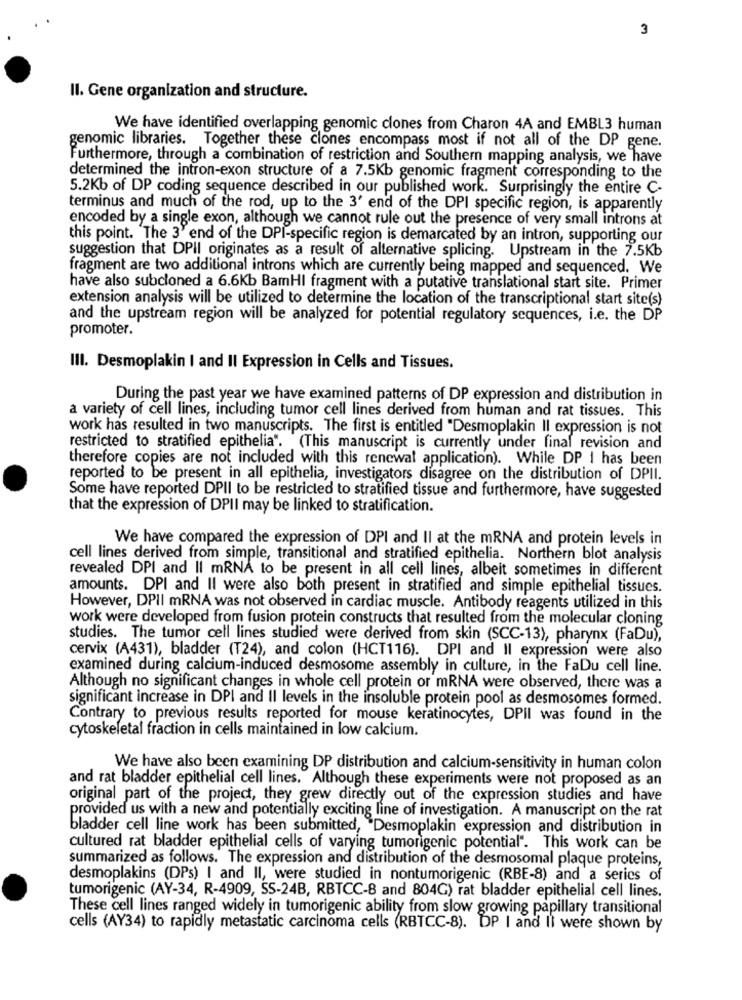
3
Il. Gene organization and structure.
We have identified overlapping genomic clones from Charon 4A and EMBL3 human
genomic libraries. Together these clones encompass most if not all of the DP gene.
Furthermore, through a combination of restriction and Southern mapping analysis, we have
determined the intron-exon structure of a 7.5Kb genomic fragment corresponding to the
5.2Kb of DP coding sequence described in our published work. Surprisingly the entire C-
terminus and much of the rod, up to the 3' end of the DPI specific region, is apparently
encoded by a single exon, although we cannot rule out the presence of very small introns at
this point. 'The 3' end of the DPI-specific region is demarcated by an intron, supporting our
suggestion that DPII originates as a result of alternative splicing. Upstream in the 7.5Kb
fragment are two additional introns which are currently being mapped and sequenced. We
have also subcloned a 6.6Kb BamHI fragment with a putative translational start site. Primer
extension analysis will be utilized to determine the location of the transcriptional start site(s)
and the upstream region will be analyzed for potential regulatory sequences, i.e. the DP
promoter.
III. Desmoplakin I and II Expression in Cells and Tissues.
During the past year we have examined patterns of DP expression and distribution in
a variety of cell lines, including tumor cell lines derived from human and rat tissues. This
work has resulted in two manuscripts. The first is entitled "Desmoplakin Il expression is not
restricted to stratified epithelia". (This manuscript is currently under final revision and
therefore copies are not included with this renewal application). While DP I has been
reported to be present in all epithelia, investigators disagree on the distribution of DPII.
Some have reported DPII to be restricted to stratified tissue and furthermore, have suggested
that the expression of DPII may be linked to stratification.
We have compared the expression of DPI and II at the mRNA and protein levels in
cell lines derived from simple, transitional and stratified epithelia. Northern blot analysis
revealed DPI and Il mRNA to be present in all cell lines, albeit sometimes in different
amounts. DPI and II were also both present in stratified and simple epithelial tissues.
However, DPII mRNA was not observed in cardiac muscle. Antibody reagents utilized in this
work were developed from fusion protein constructs that resulted from the molecular cloning
studies. The tumor cell lines studied were derived from skin (SCC-13), pharynx (FaDu),
cervix (A431), bladder (T24), and colon (HCT116). DPI and Il expression were also
examined during calcium-induced desmosome assembly in culture, in the FaDu cell line.
Although no significant changes in whole cell protein or mRNA were observed, there was a
significant increase in DPI and II levels in the insoluble protein pool as desmosomes formed.
Contrary to previous results reported for mouse keratinocytes, DPII was found in the
cytoskeletal fraction in cells maintained in low calcium.
We have also been examining DP distribution and calcium-sensitivity in human colon
and rat bladder epithelial cell lines. Although these experiments were not proposed as an
original part of the project, they grew directly out of the expression studies and have
provided us with a new and potentially exciting line of investigation. A manuscript on the rat
bladder cell line work has been submitted, Desmoplakin expression and distribution in
cultured rat bladder epithelial cells of varying tumorigenic potential". This work can be
summarized as follows. The expression and distribution of the desmosomal plaque proteins,
desmoplakins (DPs) I and II, were studied in nontumorigenic (RBE-8) and a series of
tumorigenic (AY-34, R-4909, SS-24B, RBTCC-8 and 804G) rat bladder epithelial cell lines.
These cell lines ranged widely in tumorigenic ability from slow growing papillary transitional
cells (AY34) to rapidly metastatic carcinoma cells (RBTCC-8). DP I and Ii were shown by